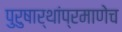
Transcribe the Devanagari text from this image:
पुरुषार्थांप्रमाणेच